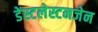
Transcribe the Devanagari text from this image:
डेंस्टलेस्टनजेन